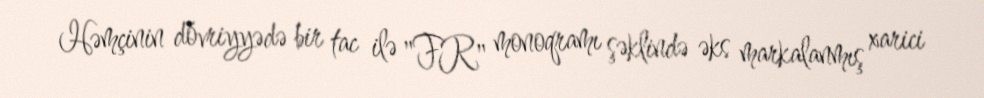
Həmçinin dövriyyədə bir tac ilə "FR" monoqramı şəklində əks markalanmış xarici